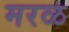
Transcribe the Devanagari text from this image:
मरळ